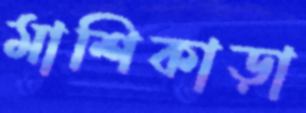
মাশিকাড়া